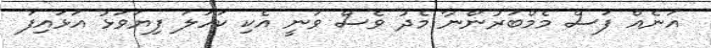
އަނެއް ފަސް މެމްބަރުންނާ މެދު ވެސް ވަނީ އެކި ކަހަލަ ފިޔަވަޅު އަޅައިފަ